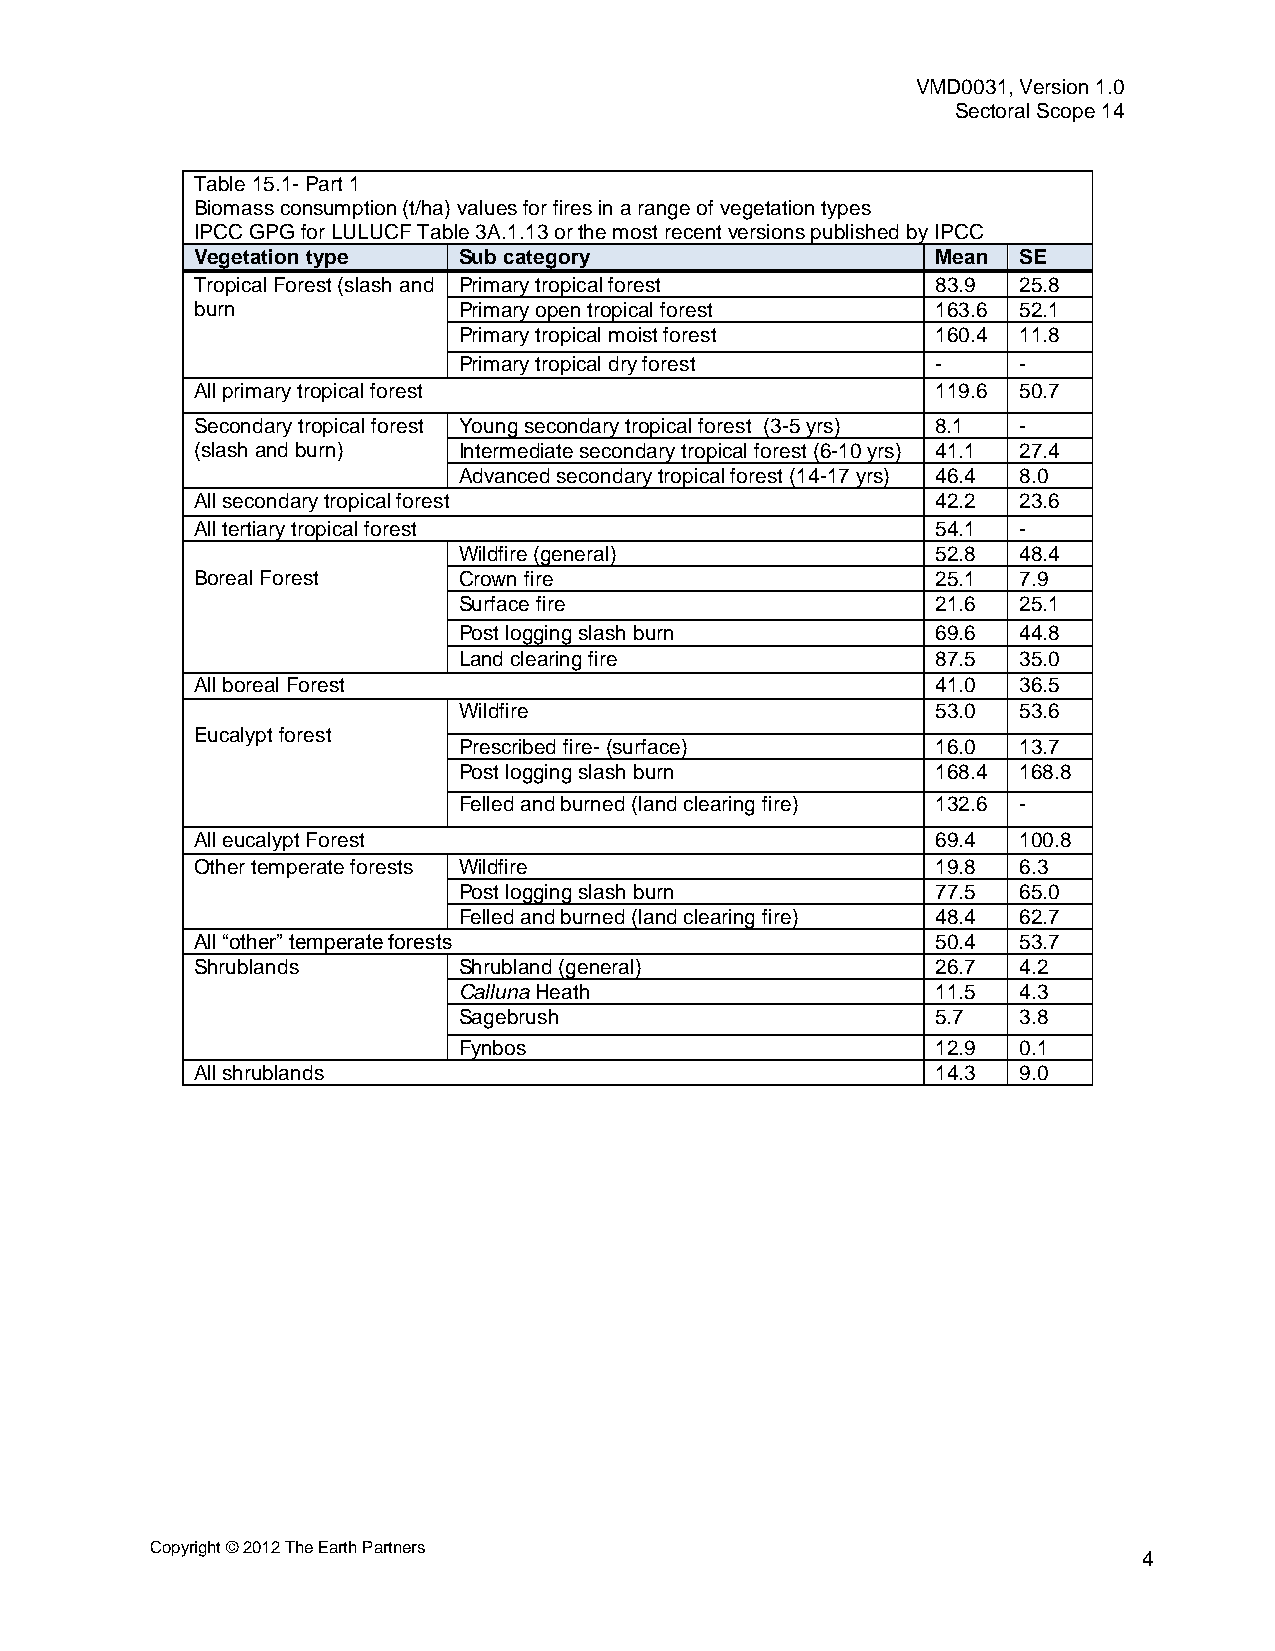
VMD0031, Version 1.0
 Sectoral Scope 14
 Table 15.1- Part 1
 Biomass consumption (t/ha) values for fires in a range of vegetation types
 IPCC GPG for LULUCF Table 3A.1.13 or the most recent versions published by IPCC
 Vegetation type  Sub category                    Mean SE
 Tropical Forest (slash and Primary tropical forest 83.9 25.8
 burn             Primary open tropical forest    163.6 52.1
 Primary tropical moist forest   160.4 11.8
 Primary tropical dry forest     -    -
 All primary tropical forest                      119.6 50.7
 Secondary tropical forest Young secondary tropical forest (3-5 yrs) 8.1 -
 (slash and burn) Intermediate secondary tropical forest (6-10 yrs) 41.1 27.4
 Advanced secondary tropical forest (14-17 yrs) 46.4 8.0
 All secondary tropical forest                    42.2 23.6
 All tertiary tropical forest                     54.1 -
 Wildfire (general)              52.8 48.4
 Boreal Forest    Crown fire                      25.1 7.9
 Surface fire                    21.6 25.1
 Post logging slash burn         69.6 44.8
 Land clearing fire              87.5 35.0
 All boreal Forest                                41.0 36.5
 Wildfire                        53.0 53.6
 Eucalypt forest
 Prescribed fire- (surface)      16.0 13.7
 Post logging slash burn         168.4 168.8
 Felled and burned (land clearing fire) 132.6 -
 All eucalypt Forest                              69.4 100.8
 Other temperate forests Wildfire                 19.8 6.3
 Post logging slash burn         77.5 65.0
 Felled and burned (land clearing fire) 48.4 62.7
 All “other” temperate forests                    50.4 53.7
 Shrublands       Shrubland (general)             26.7 4.2
 Calluna Heath                   11.5 4.3
 Sagebrush                       5.7  3.8
 Fynbos                          12.9 0.1
 All shrublands                                   14.3 9.0
 Copyright © 2012 The Earth Partners
 4